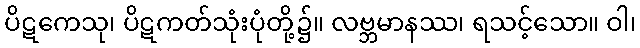
ပိဋကေသု၊ ပိဋကတ်သုံးပုံတို့၌။ လဗ္ဘမာနဿ၊ ရသင့်သော။ ဝါ၊